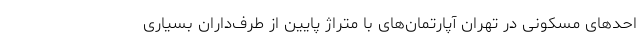
احدهای مسکونی در تهران آپارتمان‌های با متراژ پایین از طرف‌داران بسیاری